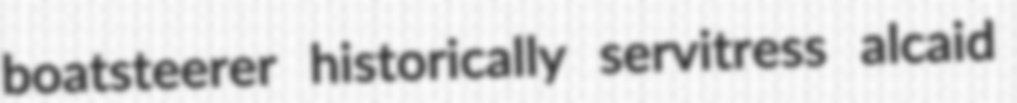
boatsteerer historically servitress alcaid